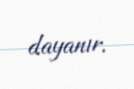
dayanır.